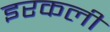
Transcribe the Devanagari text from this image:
इरकली